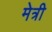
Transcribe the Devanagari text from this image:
मेत्री